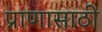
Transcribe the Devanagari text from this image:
प्राणासाठी